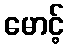
မောင့်